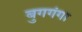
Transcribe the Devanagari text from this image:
बुगगंगा